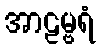
အာဠမ္ဗရံ